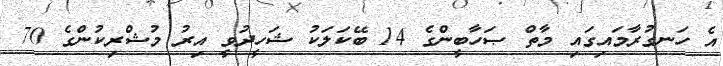
އެ ހަނގުރާމައިގައި މާތް ޞަހާބީންގެ 14 ބޭކަލަކު ޝަހީދުވީ އިރު މުޝްރިކުންގެ 70